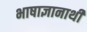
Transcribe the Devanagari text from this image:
भाषाज्ञानार्थी